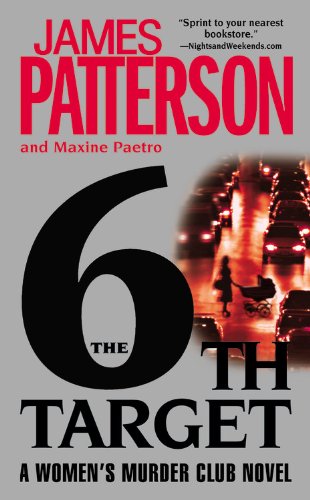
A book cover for The 6th Target (Women's Murder Club); James Patterson; Mystery, Thriller & Suspense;